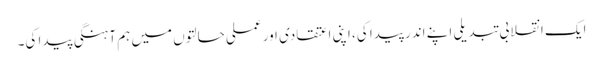
ایک انقلابی تبدیلی اپنے اندر پیدا کی، اپنی اعتقادی اور عملی حالتوں میں ہم آہنگی پیدا کی۔